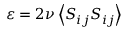
\varepsilon = 2 \nu \left\langle { { S } _ { i j } } { { S } _ { i j } } \right\rangle